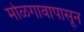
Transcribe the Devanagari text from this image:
मोळगावापासून